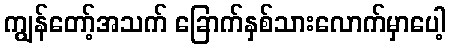
ကျွန်တော့်အသက် ခြောက်နှစ်သားလောက်မှာပေါ့